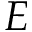
E